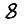
Digit: 8